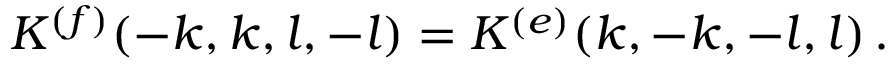
{ \cal K } ^ { ( f ) } ( - k , k , l , - l ) = { \cal K } ^ { ( e ) } ( k , - k , - l , l ) \, .